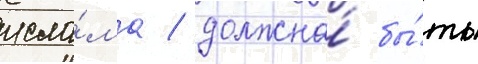
исла́ма / должна́ бы́ть